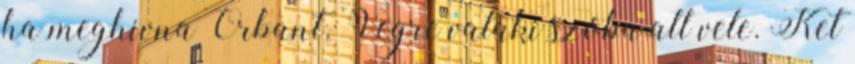
ha meghivna Orbant. Vegre valaki szoba all vele. Ket